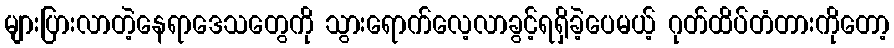
များပြားလာတဲ့နေရာဒေသတွေကို သွားရောက်လေ့လာခွင့်ရရှိခဲ့ပေမယ့် ဂုတ်ထိပ်တံတားကိုတော့